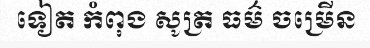
ទៀត កំពុង សូត្រ ធម៌ ចម្រើន